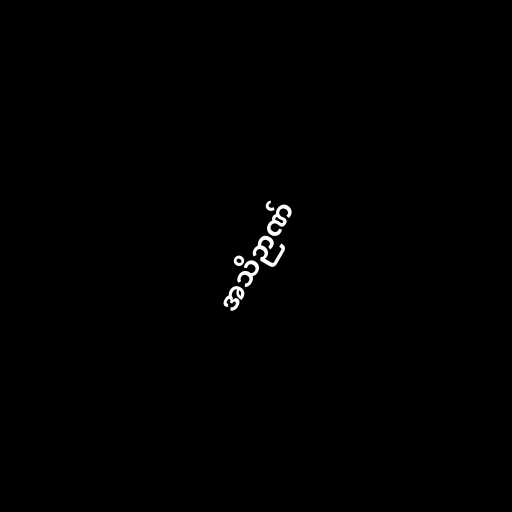
အသိဉာဏ်